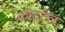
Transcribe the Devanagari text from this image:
कोटटेल